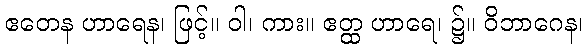
ဧတေန ဟာရေန၊ ဖြင့်။ ဝါ၊ ကား။ ဧတ္ထ ဟာရေ၊ ၌။ ဝိဘာဂေန၊